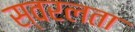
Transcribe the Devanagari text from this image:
स्वरलता